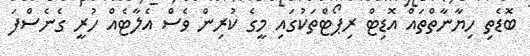
ބޮޑެތި ހިޔާނާތްތައް އޮޑިޓް ރިޕޯޓްތަކުގައި މީގެ ކުރިން ވެސް އެލާޓެއް ހުރީ ގެނެސްފަ